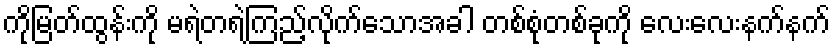
ကိုမြတ်ထွန်းကို မရဲတရဲကြည့်လိုက်သောအခါ တစ်စုံတစ်ခုကို လေးလေးနက်နက်